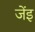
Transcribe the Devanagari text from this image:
जेंइ